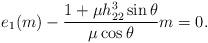
LaTeX: \begin{align*}e_1(m)-\frac{1+\mu h_{22}^3 \sin \theta}{\mu \cos \theta}m=0.\end{align*}